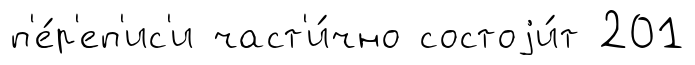
п'е́р'еп'ис'и част'и́чно состоjи́т 201